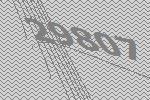
29807